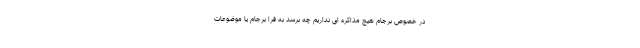
در خصوص برجام هیچ مذاکره ای نداریم چه برسد به فرا برجام یا موضوعات